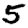
Digit: 5